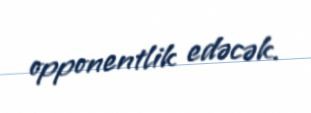
opponentlik edəcək.